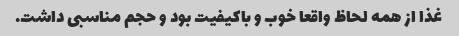
غذا از همه لحاظ واقعا خوب و باکیفیت بود و حجم مناسبی داشت.